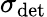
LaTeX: \sigma_{\mathrm{det}}